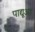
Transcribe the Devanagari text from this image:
पाद्यूआ